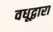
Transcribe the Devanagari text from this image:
वधूद्वारा